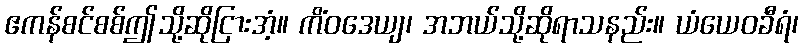
ဧကန်စင်စစ်ဤသို့ဆိုငြားအံ့။ ကိံဝဒေယျ၊ အဘယ်သို့ဆိုရာသနည်း။ ယံယေဝခီရံ၊